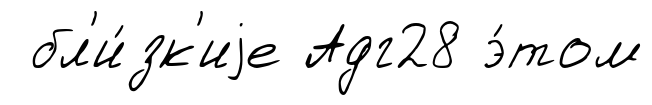
бл'и́зк'иjе Адг28 э́том